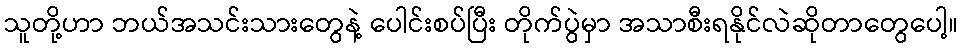
သူတို့ဟာ ဘယ်အသင်းသားတွေနဲ့ ပေါင်းစပ်ပြီး တိုက်ပွဲမှာ အသာစီးရနိုင်လဲဆိုတာတွေပေါ့။